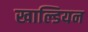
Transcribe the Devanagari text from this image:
खाल्डियन